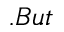
. B u t